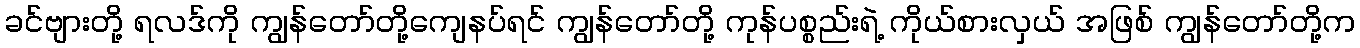
ခင်ဗျားတို့ ရလဒ်ကို ကျွန်တော်တို့ကျေနပ်ရင် ကျွန်တော်တို့ ကုန်ပစ္စည်းရဲ့ ကိုယ်စားလှယ် အဖြစ် ကျွန်တော်တို့က